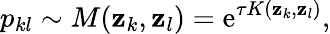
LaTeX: p_{kl}\sim M(\mathbf{z}_{k},\mathbf{z}_{l})=\operatorname{e}^{\tau K(\mathbf{z}_{k},\mathbf{z}_{l})},